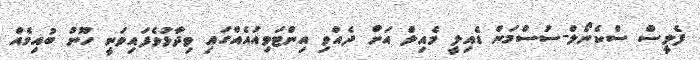
ފެލީސް ސްކެނޯލް-ސުސްމަން ޑެއިލީ މެއިލް އަށް ދެއްވި އިންޓަވިއުއެއްގައި ވިދާޅުވެފައިވަނީ ހޫނު ބުއިމެއް